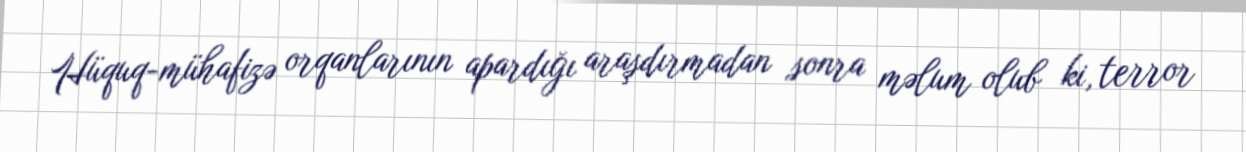
Hüquq-mühafizə orqanlarının apardığı araşdırmadan sonra məlum olub ki, terror